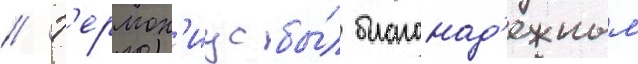
// Г'ермон'иус бы́л благонад'ежным